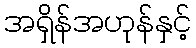
အရှိန်အဟုန်နှင့်